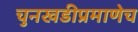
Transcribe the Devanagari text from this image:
चुनखडीप्रमाणेच